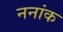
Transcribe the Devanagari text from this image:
ननांक